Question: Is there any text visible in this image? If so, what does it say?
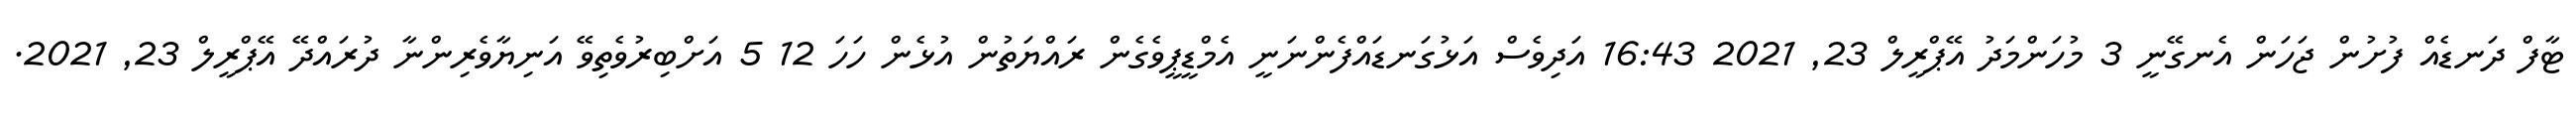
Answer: ޓާފް ދަނޑެއް ފުށުން ޖަހަން އެނގޭނީ 3 މުހަންމަދު އޭޕްރީލް 23, 2021 16:43 އަދިވެސް އަޅުގަނޑައްފެންނަނީ އެމްޑީޕީވެގެން ރައްޔަތުން އުޅެން ހަހަ 12 5 އަށްބިރުވެތިވޭ އަނިޔާވެރިންނާ ދުރައްދޭ އޭޕްރީލް 23, 2021.